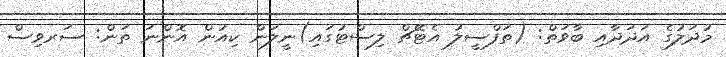
މުދަލުގެ އަދަދާއި ބާވަތް: (ތަފްސީލު އެޓޭޗް ލިސްޓުގައި)ނީލަން ކިއުން އޮންނަ ތަން: ސަރވިސް